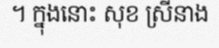
។ ក្នុងនោះ សុខ ស្រីនាង